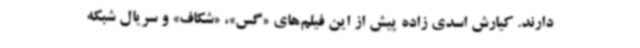
دارند. کیارش اسدی زاده پیش از این فیلم‌های «گس»، «شکاف» و سریال شبکه